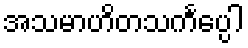
အသမာဟိတသင်္ကပ္ပေါ